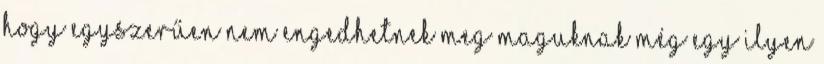
hogy egyszerűen nem engedhetnek meg maguknak még egy ilyen